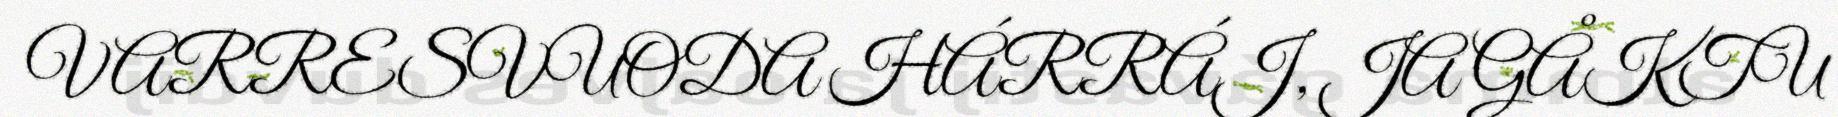
VARRESVUODA HÁRRÁJ, JA GÅKTU